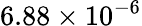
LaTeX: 6.88\times 10^{-6}